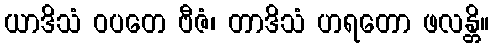
ယာဒိသံ ဝပတေ ဗီဇံ၊ တာဒိသံ ဟရတော ဖလန္တိ။